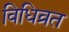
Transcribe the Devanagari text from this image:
विधिव्रत